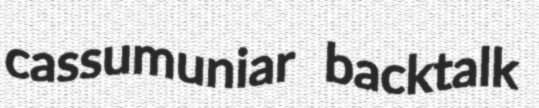
cassumuniar backtalk